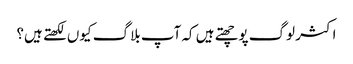
اکثر لوگ پوچھتے ہیں کہ آپ بلاگ کیوں لکھتے ہیں؟